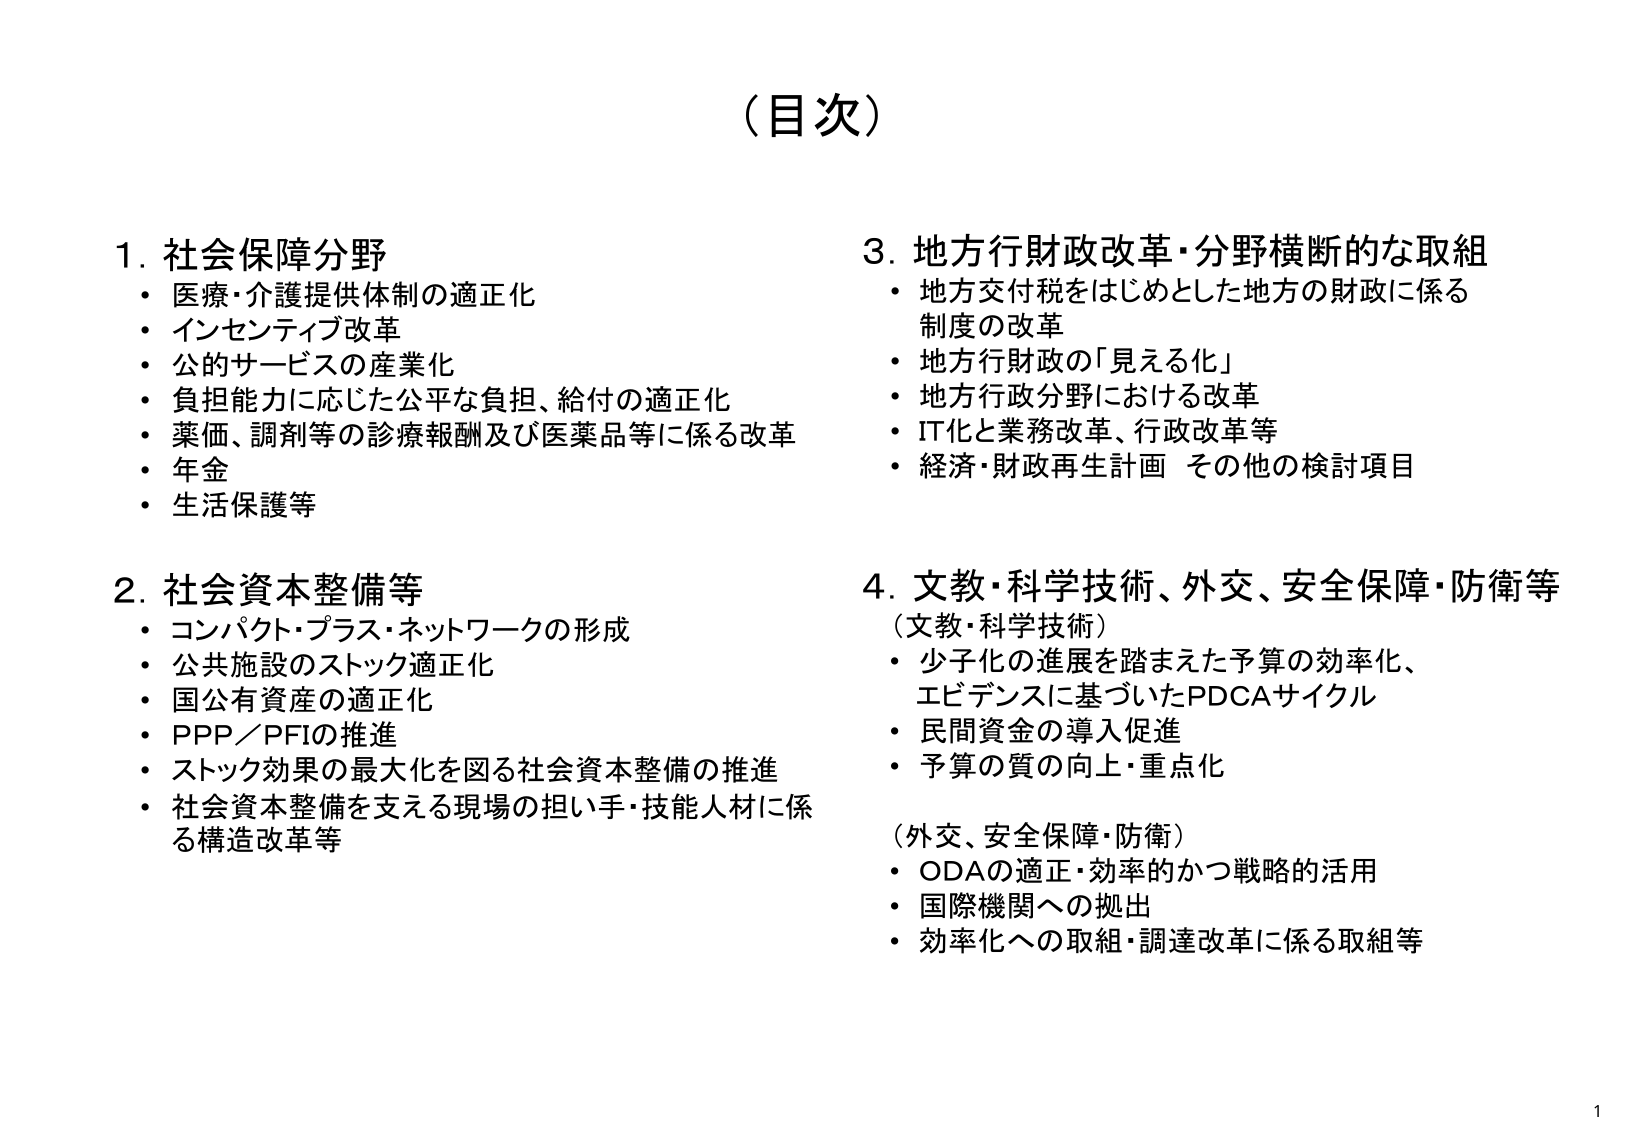
（目次）

1. 社会保障分野
・医療・介護提供体制の適正化
・インセンティブ改革
・公的サービスの産業化
・負担能力に応じた公平な負担、給付の適正化
・薬価、調剤等の診療報酬及び医薬品等に係る改革
・年金
・生活保護等

2. 社会資本整備等
・コンパクト・プラス・ネットワークの形成
・公共施設のストック適正化
・国公有資産の適正化
・PPP／PFIの推進
・ストック効果の最大化を図る社会資本整備の推進
・社会資本整備を支える現場の担い手・技能人材に係る構造改革等

3. 地方行財政改革・分野横断的な取組
・地方交付税をはじめとした地方の財政に係る制度の改革
・地方行財政の「見える化」
・地方行政分野における改革
・IT化と業務改革、行政改革等
・経済・財政再生計画 その他の検討項目

4. 文教・科学技術、外交、安全保障・防衛等
（文教・科学技術）
・少子化の進展を踏まえた予算の効率化、エビデンスに基づいたPDCAサイクル
・民間資金の導入促進
・予算の質の向上・重点化
（外交、安全保障・防衛）
・ODAの適正・効率的かつ戦略的活用
・国際機関への拠出
・効率化への取組・調達改革に係る取組等

1